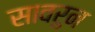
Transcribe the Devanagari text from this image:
सावरुन